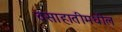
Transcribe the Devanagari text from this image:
वसाहातीमधील